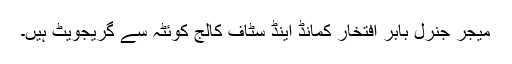
میجر جنرل بابر افتخار کمانڈ اینڈ سٹاف کالج کوئٹہ سے گریجویٹ ہیں۔